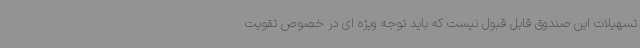
تسهیلات این صندوق قابل قبول نیست که باید توجه ویژه ای در خصوص تقویت